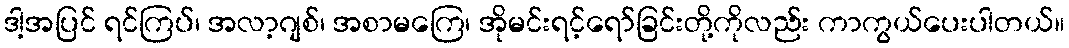
ဒါ့အပြင် ရင်ကြပ်၊ အလာ့ဂျစ်၊ အစာမကြေ၊ အိုမင်းရင့်ရော်ခြင်းတို့ကိုလည်း ကာကွယ်ပေးပါတယ်။